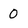
Character: 0